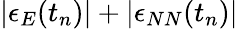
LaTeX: |\epsilon_{E}(t_{n})|+|\epsilon_{NN}(t_{n})|